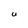
Character: U